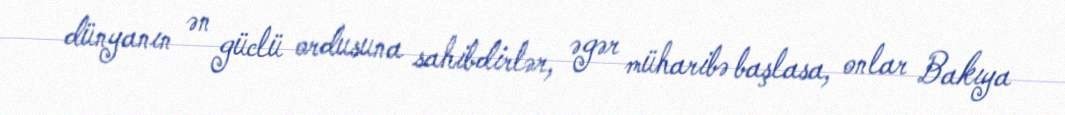
dünyanın ən güclü ordusuna sahibdirlər, əgər müharibə başlasa, onlar Bakıya